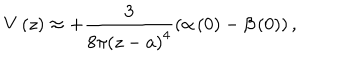
LaTeX: V \left( z \right) \approx + \frac { 3 } { 8 \pi \left( z - a \right) ^ { 4 } } \left( \alpha \left( 0 \right) - \beta \left( 0 \right) \right) ,